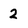
Character: 2